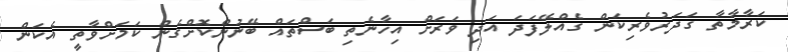
ކަރާމާތާ ގަދަރުވެރިކަން ގެއްލޭފަދަ އަދި ވަރަށް އިހާނެތި ބަސްތައް ބޭނުންކޮށްގެން ކަމަށްވާތީ އެކަން